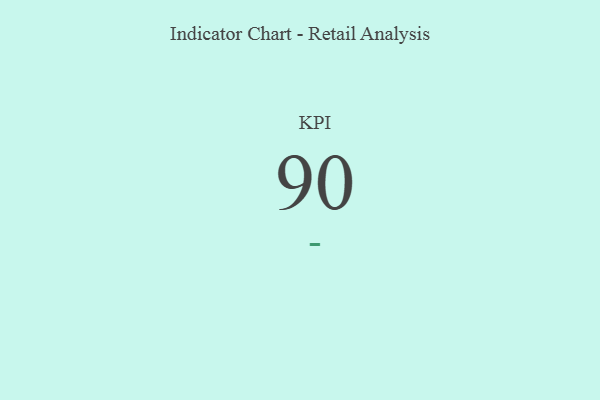
{"axis": {"x": "KPI", "y": "Value"}, "legend": [""], "data": [{"x": "KPI", "y": 90, "type": ""}]}